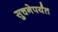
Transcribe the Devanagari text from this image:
सुचनेपर्यंत